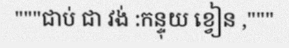
"""ជាប់ ជា វង់ :កន្ទុយ ខ្វៀន ,"""